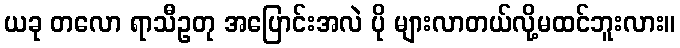
ယခု တလော ရာသီဥတု အပြောင်းအလဲ ပို များလာတယ်လို့မထင်ဘူးလား။